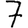
Digit: 7